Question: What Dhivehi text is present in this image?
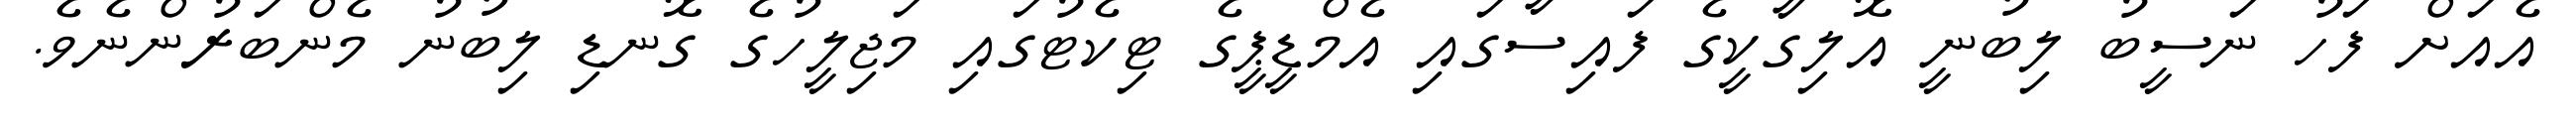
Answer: އެއަށް ފަހު ނަސީބު ލިބުނީ އޮލިގާކީގެ ފައިސާގައި އެމްޑީޕީގެ ޓިކެޓުގައި މަޖިލީހުގެ ގޮނޑި ލިބުނު މެންބަރުންނެވެ.